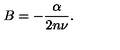
B = - \frac { \alpha } { 2 n \nu } .